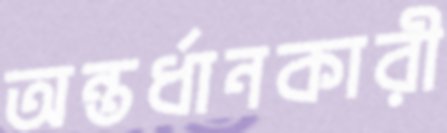
অন্তর্ধানকারী